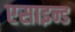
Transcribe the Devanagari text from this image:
एसाइन्ड